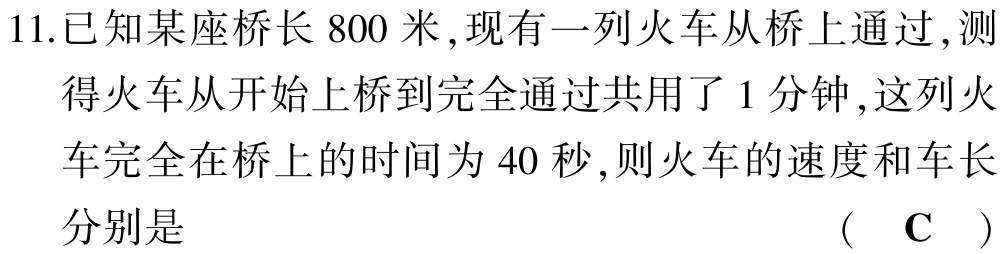
11.已知某座桥长 800 米,现有一列火车从桥上通过,测得火车从开始上桥到完全通过共用了 1 分钟,这列火车完全在桥上的时间为 40 秒,则火车的速度和车长分别是 （ C ）